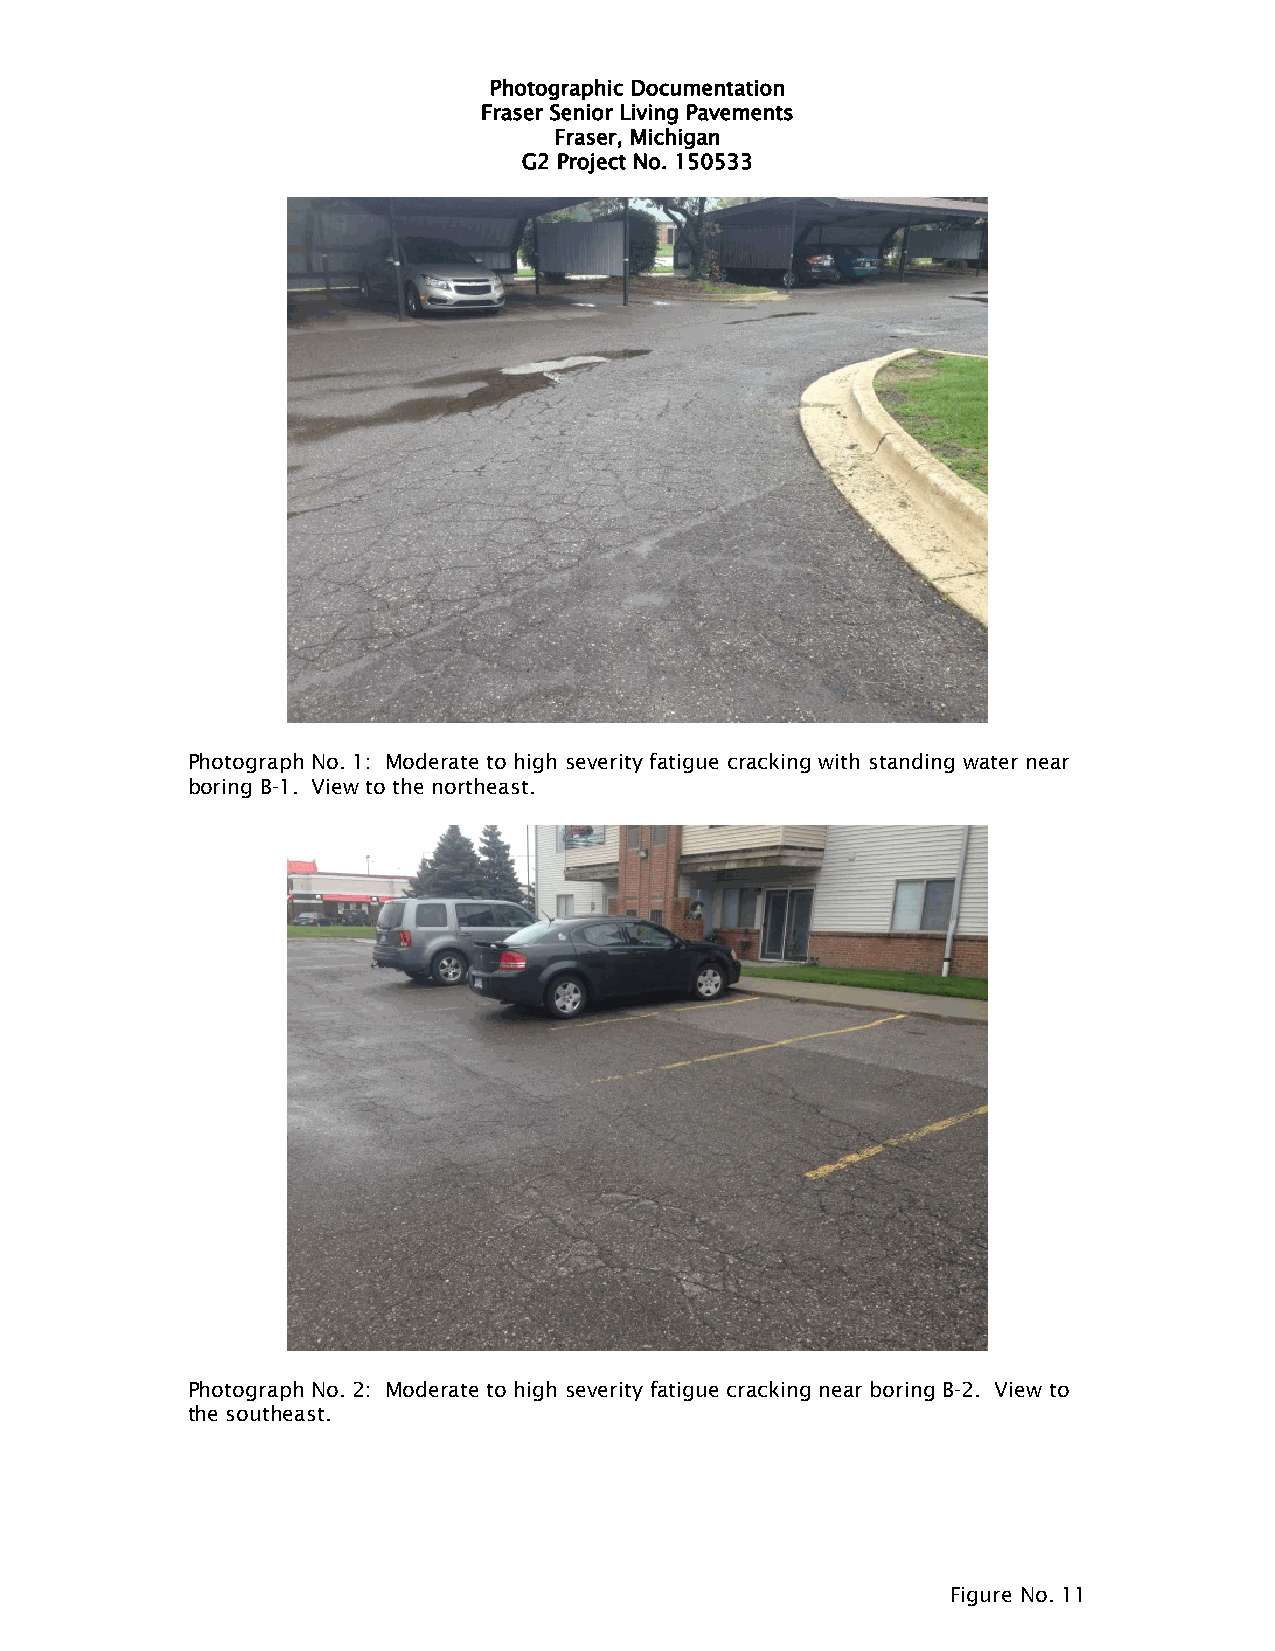
Photographic Documentation
 Fraser Senior Living Pavements
 Fraser, Michigan
 G2 Project No. 150533
 Photograph No. 1: Moderate to high severity fatigue cracking with standing water near
 boring B-1. View to the northeast.
 Photograph No. 2: Moderate to high severity fatigue cracking near boring B-2. View to
 the southeast.
 Figure No. 11